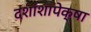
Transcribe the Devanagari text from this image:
दशांशापेक्षा